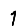
Digit: 1